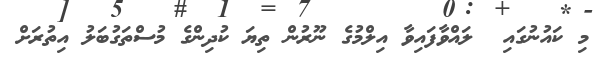
މި ކައުނުގައި  ލައްވާފައިވާ އިލްމުގެ ނޫރުން ތިޔަ ކުދިންގެ މުސްތަގުބަލު އިތުރަށް